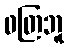
ဝတြဘူ